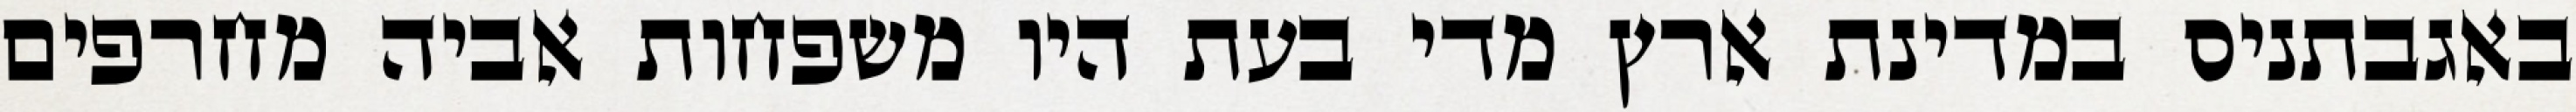
באגבתניס במדינת ארץ מדי בעת היו משפחות אביה מחרפים